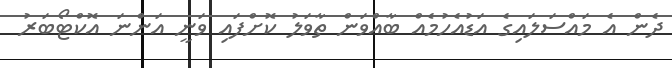
ދެން އެ މައްސަލައިގެ އަޑުއެހުމެއް ބާއްވަން ތާވަލު ކޮށްފައި ވަނީ އަންނަ އޮކްޓޯބަރު